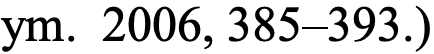
ym. 2006, 385–393.)